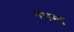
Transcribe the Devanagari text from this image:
मनभर